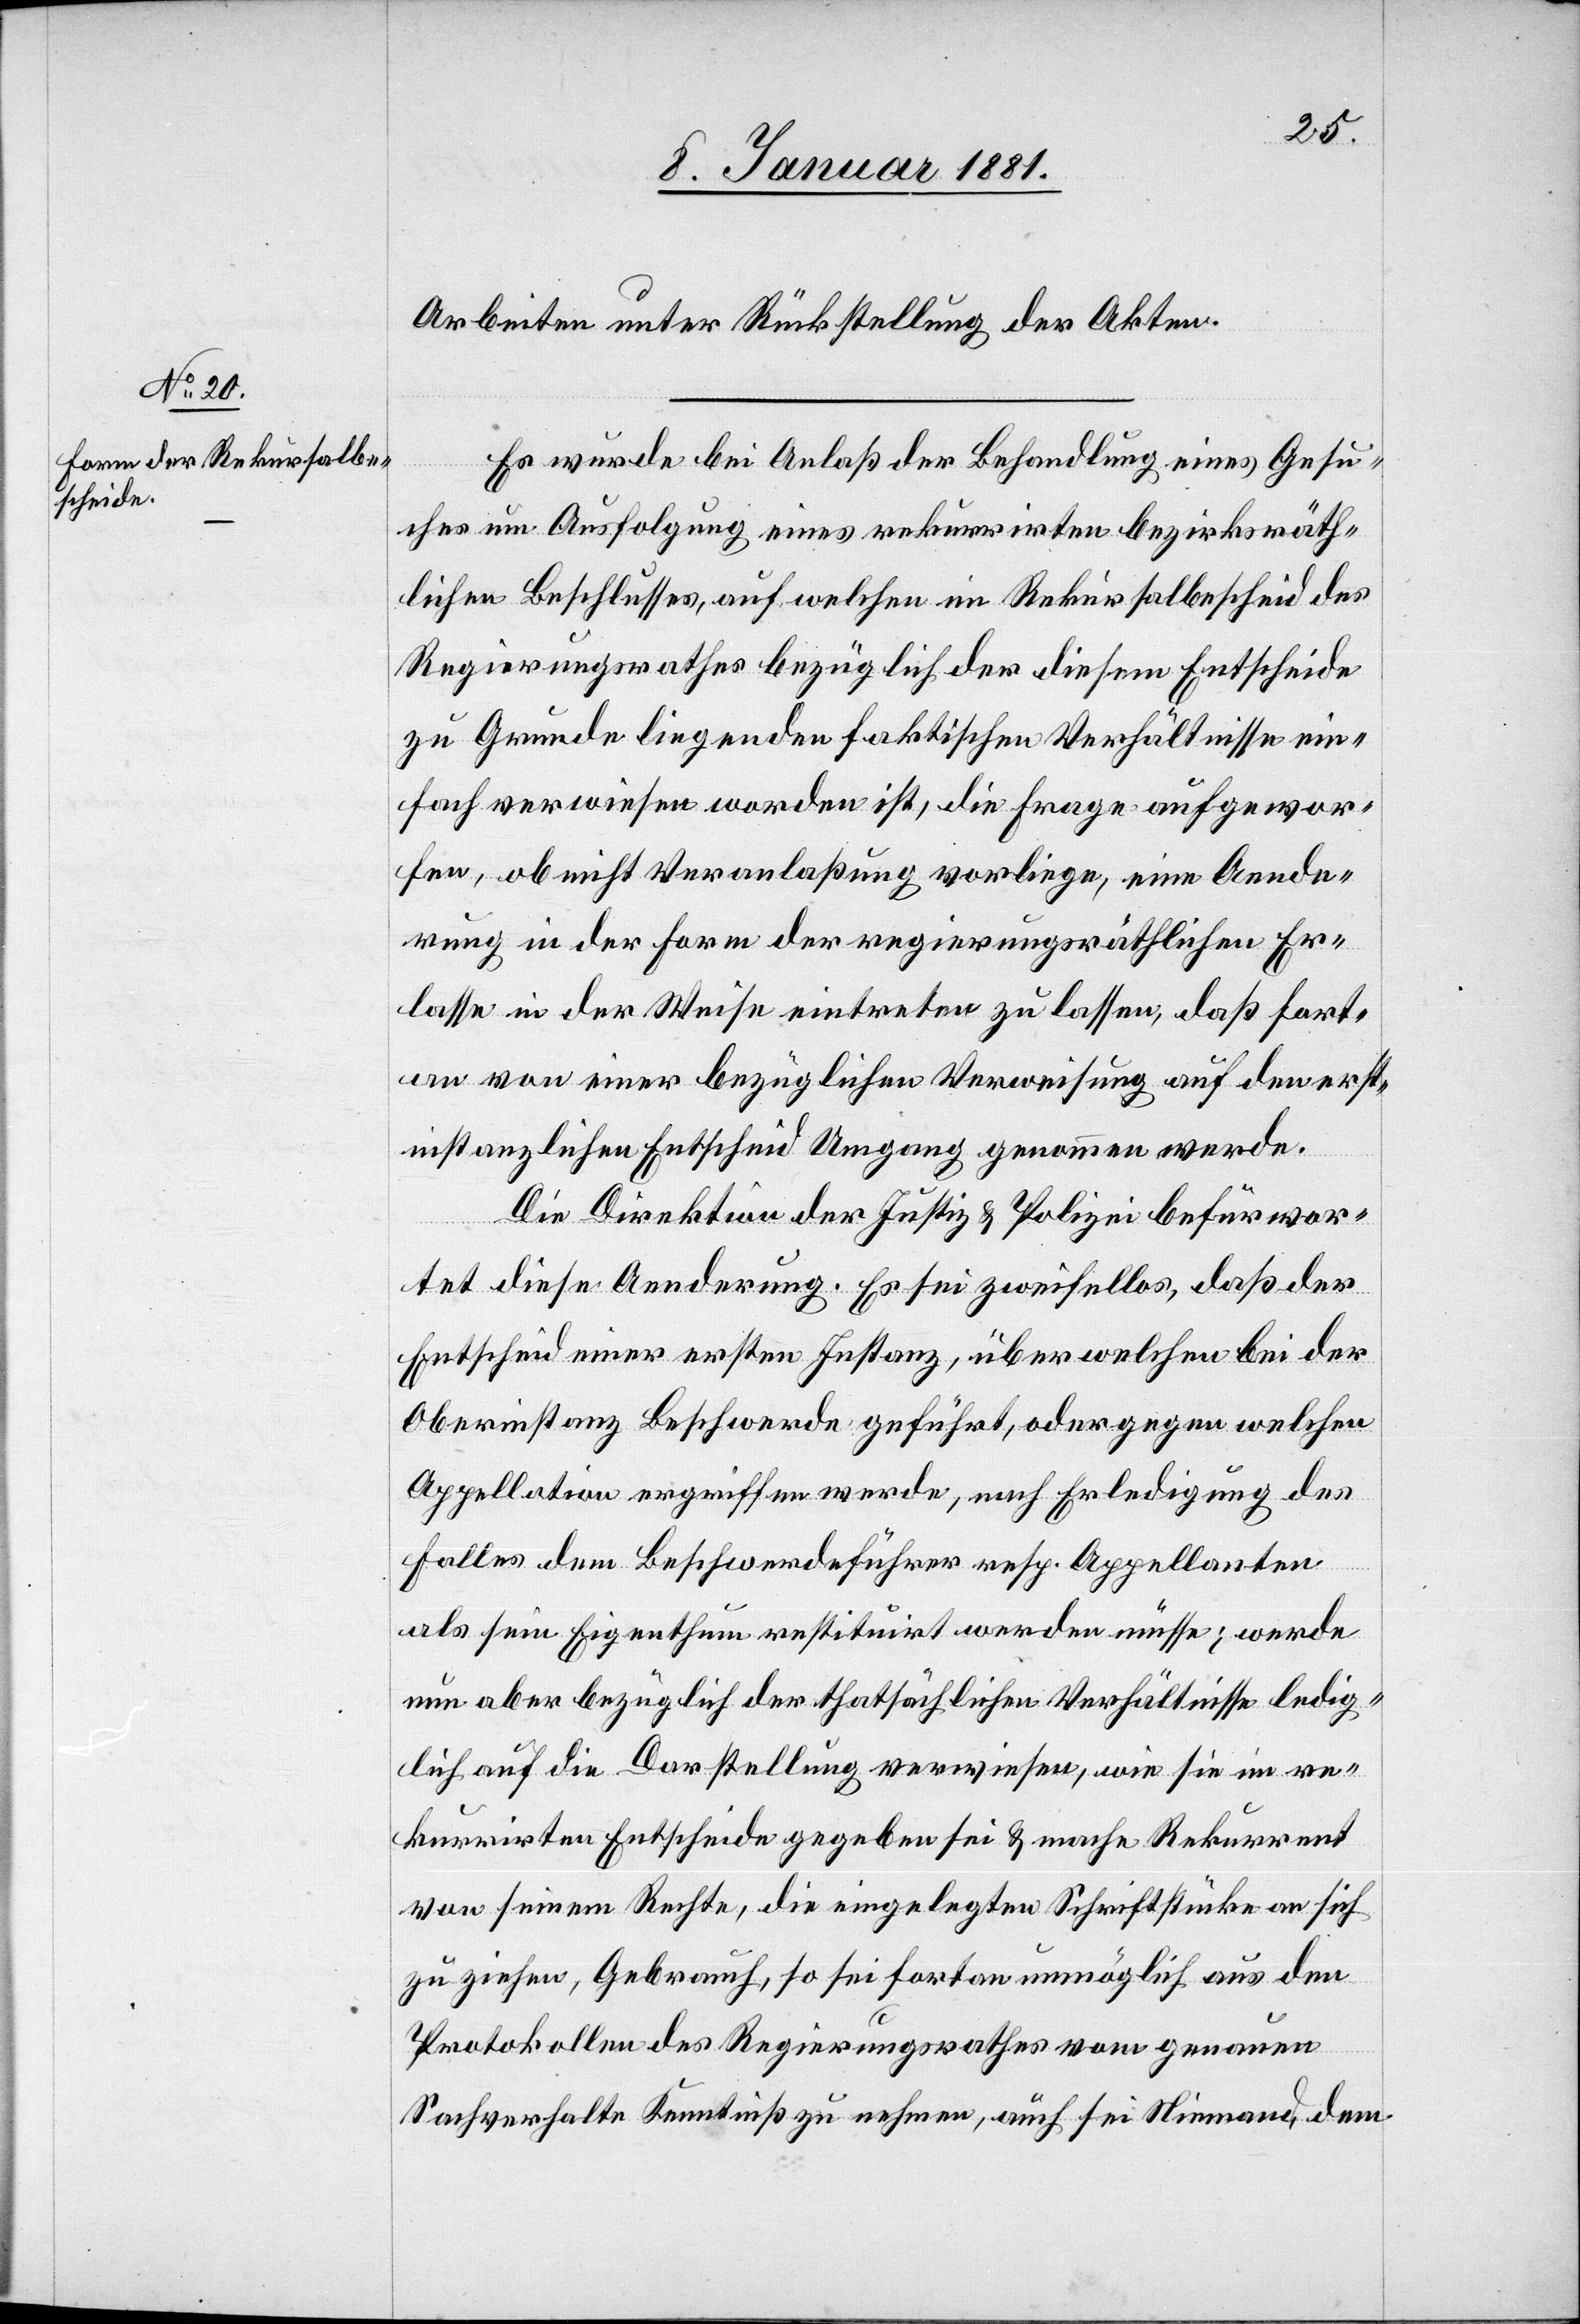
Arbeiten unter Rückstellung der Akten.
Es wurde bei Anlaß der Behandlung eines Gesu¬
ches um Ausfolgung eines rekurrirten bezirksräth¬
lichen Beschlusses, auf welchen im Rekursalentscheid des
Regierungsrathes bezüglich der diesem Entscheide
zu Grunde liegenden faktischen Verhältnisse ein¬
fach verwiesen worden ist, die Frage aufgewor¬
fen, ob nicht Veranlaßung vorliege, eine Aende¬
rung in der Form der regierungsräthlichen Er¬
lasse in der Weise eintreten zu lassen, daß fort¬
an von einer bezüglichen Verweisung auf den erst¬
instanzlichen Entscheid Umgang genommen werde.
Die Direktion der Justiz & Polizei befürwor¬
tet diese Aenderung. Es sei zweifellos, daß der
Entscheid einer ersten Instanz, über welchen bei der
Oberinstanz Beschwerde geführt, oder gegen welchen
Appellation ergriffen werde, nach Erledigung des
Falles dem Beschwerdeführer resp. Appellanten
als sein Eigenthum restituirt werden müsse; werde
nun aber bezüglich der thatsächlichen Verhältnisse ledig¬
lich auf die Darstellung verwiesen, wie sie im re¬
kurrirten Entscheide gegeben sei & mache Rekurrent
von seinem Rechte, die eingelegten Schriftstücke an sich
zu ziehen Gebrauch, so sei fortan unmöglich aus den
Protokollen des Regierungsrathes vom genauen
Sachverhalte Kenntniß zu nehmen, auch sei Niemand dem